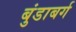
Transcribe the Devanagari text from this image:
बुंडाबर्ग